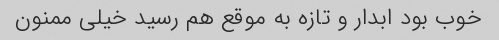
خوب بود ابدار و تازه به موقع هم رسید خیلی ممنون